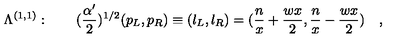
\Lambda ^ { ( 1 , 1 ) } : \quad \quad ( { \frac { \alpha ^ { \prime } } { 2 } } ) ^ { 1 / 2 } ( p _ { L } , p _ { R } ) \equiv ( l _ { L } , l _ { R } ) = ( { \frac { n } { x } } + { \frac { w x } { 2 } } , { \frac { n } { x } } - { \frac { w x } { 2 } } ) \quad ,